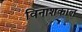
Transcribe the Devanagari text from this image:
विनाशकाल